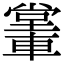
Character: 𨎖